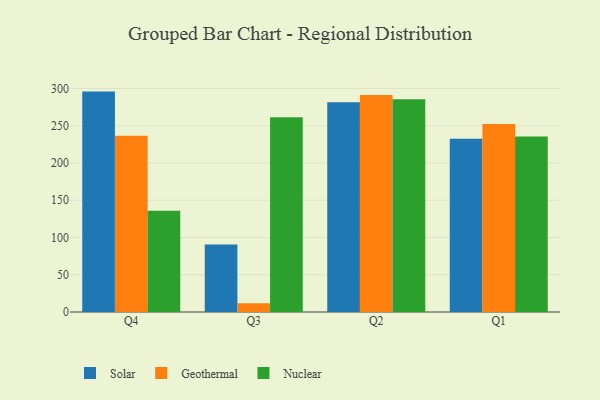
{"axis": {"x": "Quarter", "y": "Temperature (°C)"}, "legend": ["Geothermal", "Nuclear", "Solar"], "data": [{"x": "Q4", "y": 295.8, "type": "Solar"}, {"x": "Q4", "y": 236.6, "type": "Geothermal"}, {"x": "Q4", "y": 135.9, "type": "Nuclear"}, {"x": "Q3", "y": 90.7, "type": "Solar"}, {"x": "Q3", "y": 11.8, "type": "Geothermal"}, {"x": "Q3", "y": 261.3, "type": "Nuclear"}, {"x": "Q2", "y": 281.4, "type": "Solar"}, {"x": "Q2", "y": 291.3, "type": "Geothermal"}, {"x": "Q2", "y": 285.4, "type": "Nuclear"}, {"x": "Q1", "y": 232.4, "type": "Solar"}, {"x": "Q1", "y": 252.4, "type": "Geothermal"}, {"x": "Q1", "y": 235.5, "type": "Nuclear"}]}